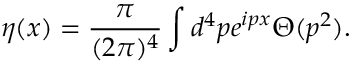
\eta ( x ) = { \frac { \pi } { ( 2 \pi ) ^ { 4 } } } \int d ^ { 4 } p e ^ { i p x } \Theta ( p ^ { 2 } ) . \nonumber